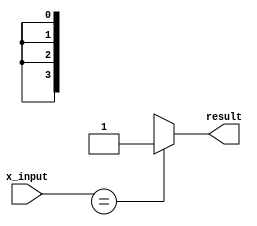
module x_based_case(
    input wire x_input,
    output wire result
);

reg result;

always @(*) begin
    case(x_input)
        4'bxxxx: result = 1;
        4'b00xx: result = 0;
        4'b10xx: result = 0;
        4'bx0xx: result = 1;
        default: result = 0;
    endcase
end

endmodule